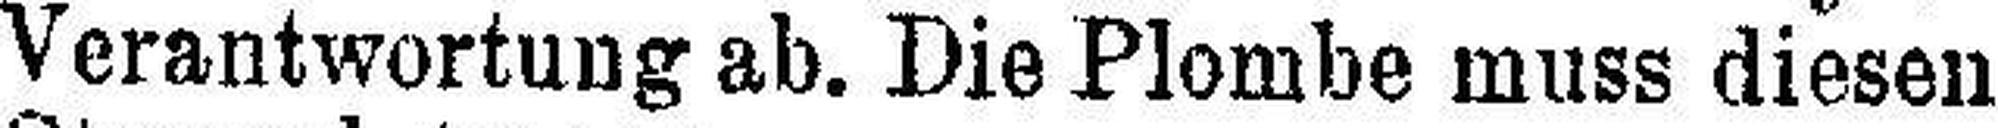
Verantwortung ab. Die Plombe muss diesen